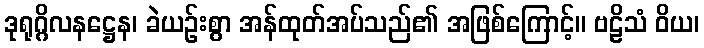
ဒုရုဂ္ဂိလနဋ္ဌေန၊ ခဲယဉ်းစွာ အန်ထုတ်အပ်သည်၏ အဖြစ်ကြောင့်။ ဗဠိသံ ဝိယ၊